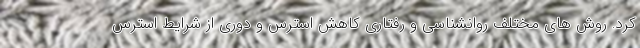
کرد. روش های مختلف روانشناسی و رفتاری کاهش استرس و دوری از شرایط استرس